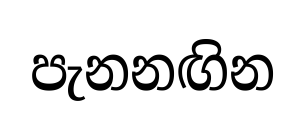
පැනනඟින